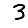
Digit: 3